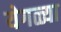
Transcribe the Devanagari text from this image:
येगळ्या